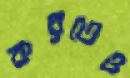
করতেও